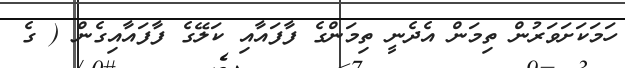
ހަމަކަށަވަރުން ތިމަން އެދެނީ ތިމަންގެ ފާފައާއި ކަލޭގެ ފާފައާއިގެން ( ގެ